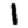
Digit: 1